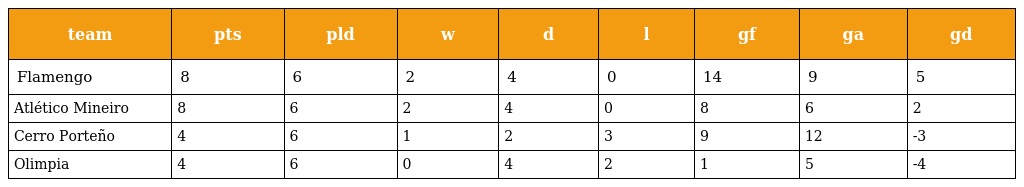
| team | pts | pld | w | d | l | gf | ga | gd |
 | --- | --- | --- | --- | --- | --- | --- | --- | --- |
 | Flamengo | 8 | 6 | 2 | 4 | 0 | 14 | 9 | 5 |
 | Atlético Mineiro | 8 | 6 | 2 | 4 | 0 | 8 | 6 | 2 |
 | Cerro Porteño | 4 | 6 | 1 | 2 | 3 | 9 | 12 | -3 |
 | Olimpia | 4 | 6 | 0 | 4 | 2 | 1 | 5 | -4 |